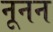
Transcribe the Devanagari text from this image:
नूनन